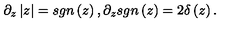
\partial _ { z } \left| z \right| = s g n \left( z \right) , \partial _ { z } s g n \left( z \right) = 2 \delta \left( z \right) .